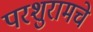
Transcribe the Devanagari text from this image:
परशुरामचे